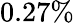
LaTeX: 0.27\%